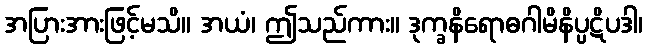
အပြားအားဖြင့်မသိ။ အယံ၊ ဤသည်ကား။ ဒုက္ခနိရောဓဂါမိနိပ္ပဋိပဒါ၊